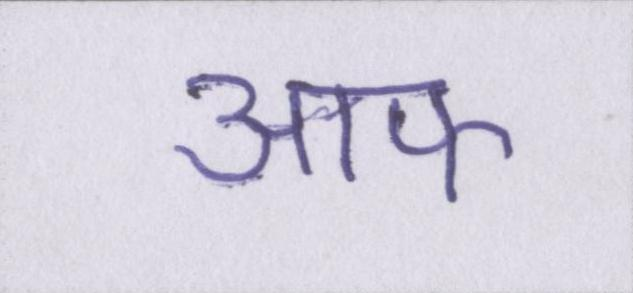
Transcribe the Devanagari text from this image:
आफ